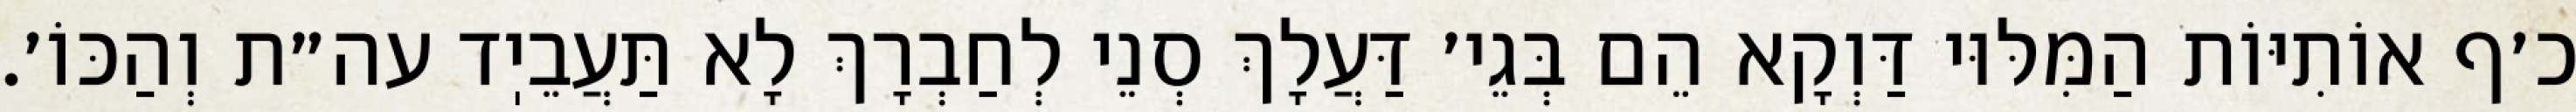
כ׳ף אוֹתִיּוֹת הַמִּלּוּי דַּוְקָא הֵם בְּגֵי׳ דַּעֲלָךְ סְנֵי לְחַבְרָךְ לָא תַּעֲבֵיֽד עה״ת וְהַכּוֹ׳.